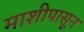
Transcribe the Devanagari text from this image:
माशीपासून